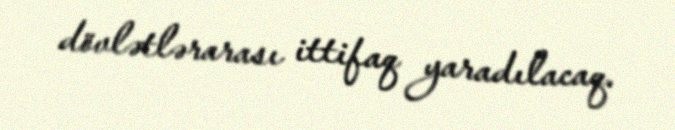
dövlətlərarası ittifaq yaradılacaq.